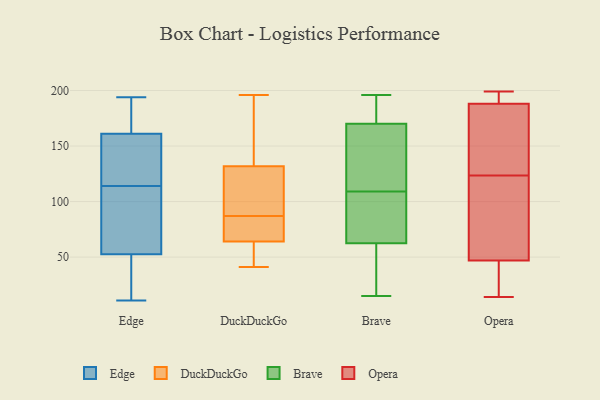
{"axis": {"x": "Market Share (%)", "y": "Value"}, "legend": ["Brave", "DuckDuckGo", "Edge", "Opera"], "data": [{"x": "", "y": 122, "type": "Edge"}, {"x": "", "y": 194, "type": "Edge"}, {"x": "", "y": 185, "type": "Edge"}, {"x": "", "y": 167, "type": "Edge"}, {"x": "", "y": 35, "type": "Edge"}, {"x": "", "y": 52, "type": "Edge"}, {"x": "", "y": 168, "type": "Edge"}, {"x": "", "y": 155, "type": "Edge"}, {"x": "", "y": 11, "type": "Edge"}, {"x": "", "y": 70, "type": "Edge"}, {"x": "", "y": 119, "type": "Edge"}, {"x": "", "y": 100, "type": "Edge"}, {"x": "", "y": 192, "type": "Edge"}, {"x": "", "y": 126, "type": "Edge"}, {"x": "", "y": 109, "type": "Edge"}, {"x": "", "y": 100, "type": "Edge"}, {"x": "", "y": 38, "type": "Edge"}, {"x": "", "y": 35, "type": "Edge"}, {"x": "", "y": 53, "type": "Edge"}, {"x": "", "y": 120, "type": "Edge"}, {"x": "", "y": 67, "type": "DuckDuckGo"}, {"x": "", "y": 43, "type": "DuckDuckGo"}, {"x": "", "y": 86, "type": "DuckDuckGo"}, {"x": "", "y": 125, "type": "DuckDuckGo"}, {"x": "", "y": 104, "type": "DuckDuckGo"}, {"x": "", "y": 64, "type": "DuckDuckGo"}, {"x": "", "y": 41, "type": "DuckDuckGo"}, {"x": "", "y": 87, "type": "DuckDuckGo"}, {"x": "", "y": 64, "type": "DuckDuckGo"}, {"x": "", "y": 196, "type": "DuckDuckGo"}, {"x": "", "y": 152, "type": "DuckDuckGo"}, {"x": "", "y": 165, "type": "DuckDuckGo"}, {"x": "", "y": 89, "type": "DuckDuckGo"}, {"x": "", "y": 182, "type": "Brave"}, {"x": "", "y": 196, "type": "Brave"}, {"x": "", "y": 60, "type": "Brave"}, {"x": "", "y": 112, "type": "Brave"}, {"x": "", "y": 172, "type": "Brave"}, {"x": "", "y": 15, "type": "Brave"}, {"x": "", "y": 89, "type": "Brave"}, {"x": "", "y": 55, "type": "Brave"}, {"x": "", "y": 125, "type": "Brave"}, {"x": "", "y": 104, "type": "Brave"}, {"x": "", "y": 191, "type": "Brave"}, {"x": "", "y": 60, "type": "Brave"}, {"x": "", "y": 65, "type": "Brave"}, {"x": "", "y": 59, "type": "Brave"}, {"x": "", "y": 137, "type": "Brave"}, {"x": "", "y": 180, "type": "Brave"}, {"x": "", "y": 106, "type": "Brave"}, {"x": "", "y": 168, "type": "Brave"}, {"x": "", "y": 83, "type": "Brave"}, {"x": "", "y": 129, "type": "Brave"}, {"x": "", "y": 40, "type": "Opera"}, {"x": "", "y": 195, "type": "Opera"}, {"x": "", "y": 96, "type": "Opera"}, {"x": "", "y": 72, "type": "Opera"}, {"x": "", "y": 47, "type": "Opera"}, {"x": "", "y": 151, "type": "Opera"}, {"x": "", "y": 35, "type": "Opera"}, {"x": "", "y": 181, "type": "Opera"}, {"x": "", "y": 188, "type": "Opera"}, {"x": "", "y": 51, "type": "Opera"}, {"x": "", "y": 14, "type": "Opera"}, {"x": "", "y": 199, "type": "Opera"}, {"x": "", "y": 181, "type": "Opera"}, {"x": "", "y": 188, "type": "Opera"}]}